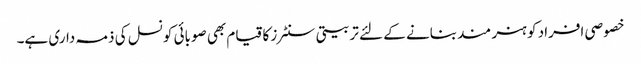
خصوصی افراد کو ہنر مند بنانے کے لئے تربیتی سنٹرز کا قیام بھی صوبائی کونسل کی ذمہ داری ہے۔